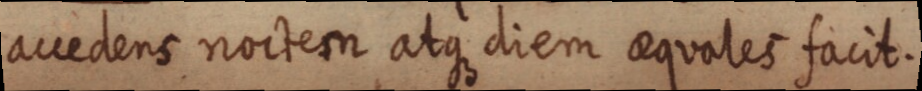
avedens noctem atque diem aequales facit.